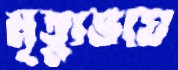
মৃত্যুভয়ে